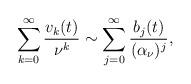
LaTeX: \begin{align*}\sum_{k=0}^{\infty}{v_{k}(t)\over \nu^{k}} \sim\sum_{j=0}^{\infty}{b_{j}(t)\over (\alpha_{\nu})^{j}},\end{align*}